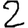
Digit: 2